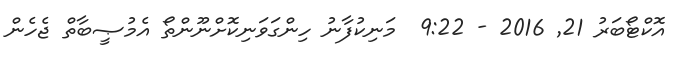
އޮކްޓޯބަރު 21